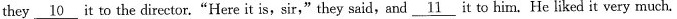
they \underline{10} it to the director."Here it is,sir,"they said,and \underline{11} it to him. He liked it very much.